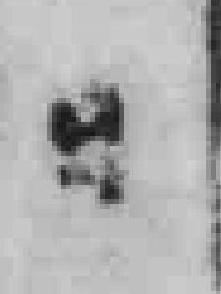
日